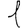
Digit: 1